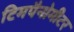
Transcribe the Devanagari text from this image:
टिमपैनोमीटर